Vaccination North-Western Provinces 1866-1877 - 1866-1877
Year: 1866
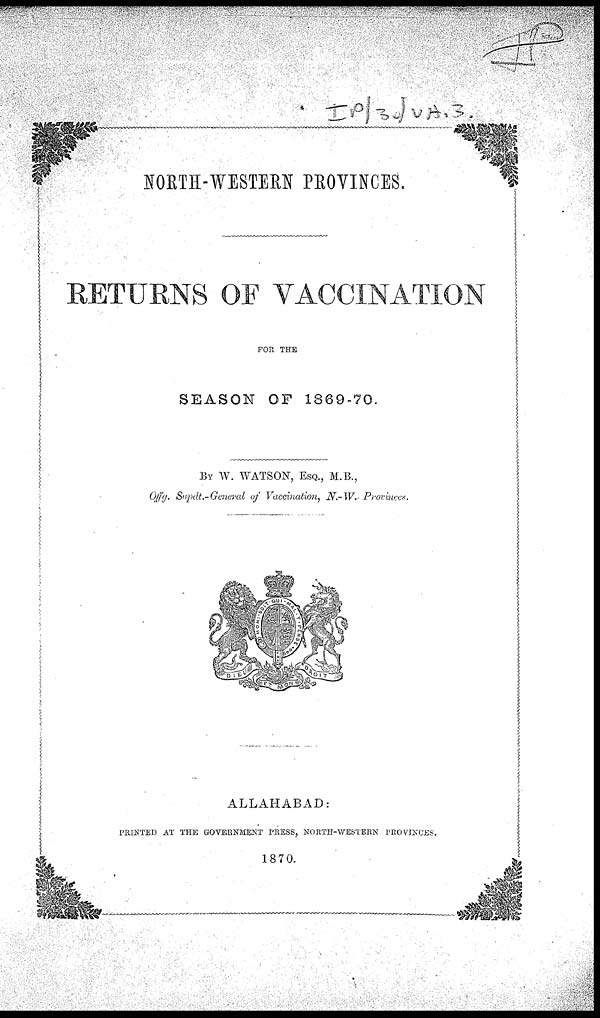
NORTH-WESTERN PROVINCES.
RETURNS OF VACCINATION
FOR THE
SEASON OF 1869-70.
BY W. WATSON, ESQ., M.B.,
Offg. Supdt.-General of Vaccination, N.-W. Provinces.
ALLAHABAD:
PRINTED AT THE GOVERNMENT PRESS, NORTH-WESTERN PROVINCES.
1870.